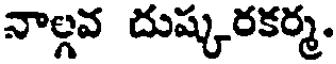
నాల్గవ దుష్కరకర్మ.